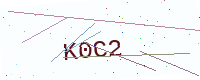
Text: K0C2